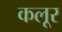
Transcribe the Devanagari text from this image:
कलूर